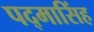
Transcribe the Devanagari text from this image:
पद्‌मासिंह